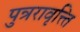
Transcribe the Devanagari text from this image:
पुन्ररावृत्त्ति